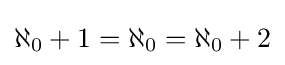
\aleph _{0}+1=\aleph _{0}=\aleph _{0}+2